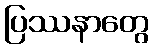
ပြဿနာတွေ